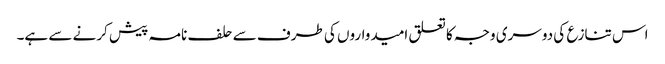
اس تنازع کی دوسری وجہ کا تعلق امیدواروں کی طرف سے حلف نامہ پیش کرنے سے ہے۔